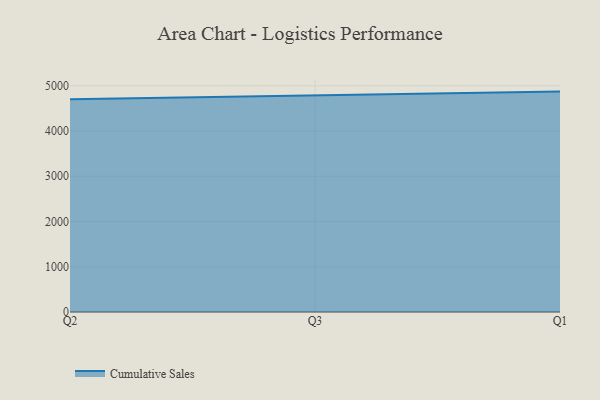
{"axis": {"x": "Quarter", "y": "Customer Acquisition Cost (USD)"}, "legend": ["Cumulative Sales"], "data": [{"x": "Q2", "y": 4703.9, "type": "Cumulative Sales"}, {"x": "Q3", "y": 4784.7, "type": "Cumulative Sales"}, {"x": "Q1", "y": 4871.9, "type": "Cumulative Sales"}]}